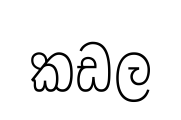
කඩල